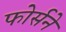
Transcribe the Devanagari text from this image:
फोर्सने